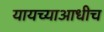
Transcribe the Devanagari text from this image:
यायच्याआधीच